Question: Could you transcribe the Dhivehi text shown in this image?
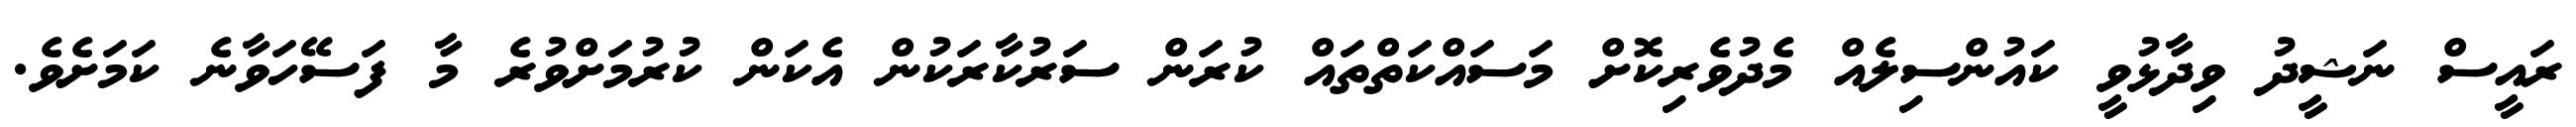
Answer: ރައީސް ނަޝީދު ވިދާޅުވީ ކައުންސިލެއް މެދުވެރިކޮށް މަސައްކަތްތައް ކުރަން ސަރުކާރަކުން އެކަން ކުރުމަށްވުރެ މާ ފަސޭހަވާނެ ކަމަށެވެ.